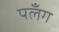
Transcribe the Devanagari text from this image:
पलँग